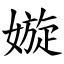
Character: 嫙